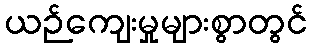
ယဉ်ကျေးမှုများစွာတွင်